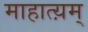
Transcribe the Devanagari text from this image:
माहात्य़म्